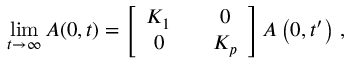
\operatorname* { l i m } _ { t \rightarrow \infty } A ( 0 , t ) = \left[ \begin{array} { c c c } { K _ { 1 } } & { } & { 0 } \\ { 0 } & { } & { K _ { p } } \end{array} \right] A \left( 0 , t ^ { \prime } \right) \, ,